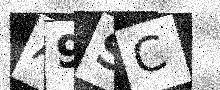
Text: A9SC